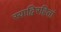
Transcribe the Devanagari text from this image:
स्याद्विरहितां